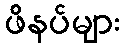
ဖိနပ်များ